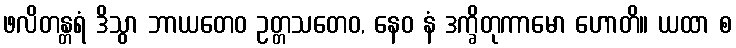
ဖလိတန္တရံ ဒိသွာ ဘာယတေဝ ဥတ္တသတေဝ, နေဝ နံ ဒက္ခိတုကာမော ဟောတိ။ ယထာ စ